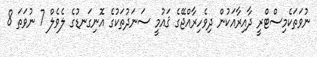
ނުވަތަކެމިސްޓްރީ ދާއިރާއަކުން ދިވެހިރާއްޖޭގެ ޤައުމީ ސަނަދުތަކުގެ އޮނިގަނޑުގެ ލެވެލް 7 ނުވަތަ 8